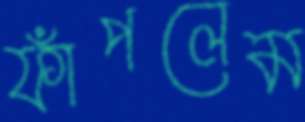
ফাঁপলেম